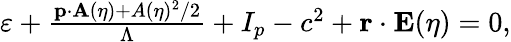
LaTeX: \begin{array}{r}{\varepsilon+\frac{\mathbf{p}\cdot\mathbf{A}(\eta)+A(\eta)^{2}/2}{\Lambda}+I_{p}-c^{2}+\mathbf{r}\cdot\mathbf{E}(\eta)=0,}\end{array}